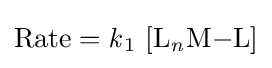
{\mathrm {Rate} {}={}{\mathit {k}}{\vphantom {A}}_{\smash[{t}]{1}}~[\mathrm {L} {\vphantom {A}}_{\smash[{t}]{\mathit {n}}}\mathrm {M} {-}\mathrm {L} ]}